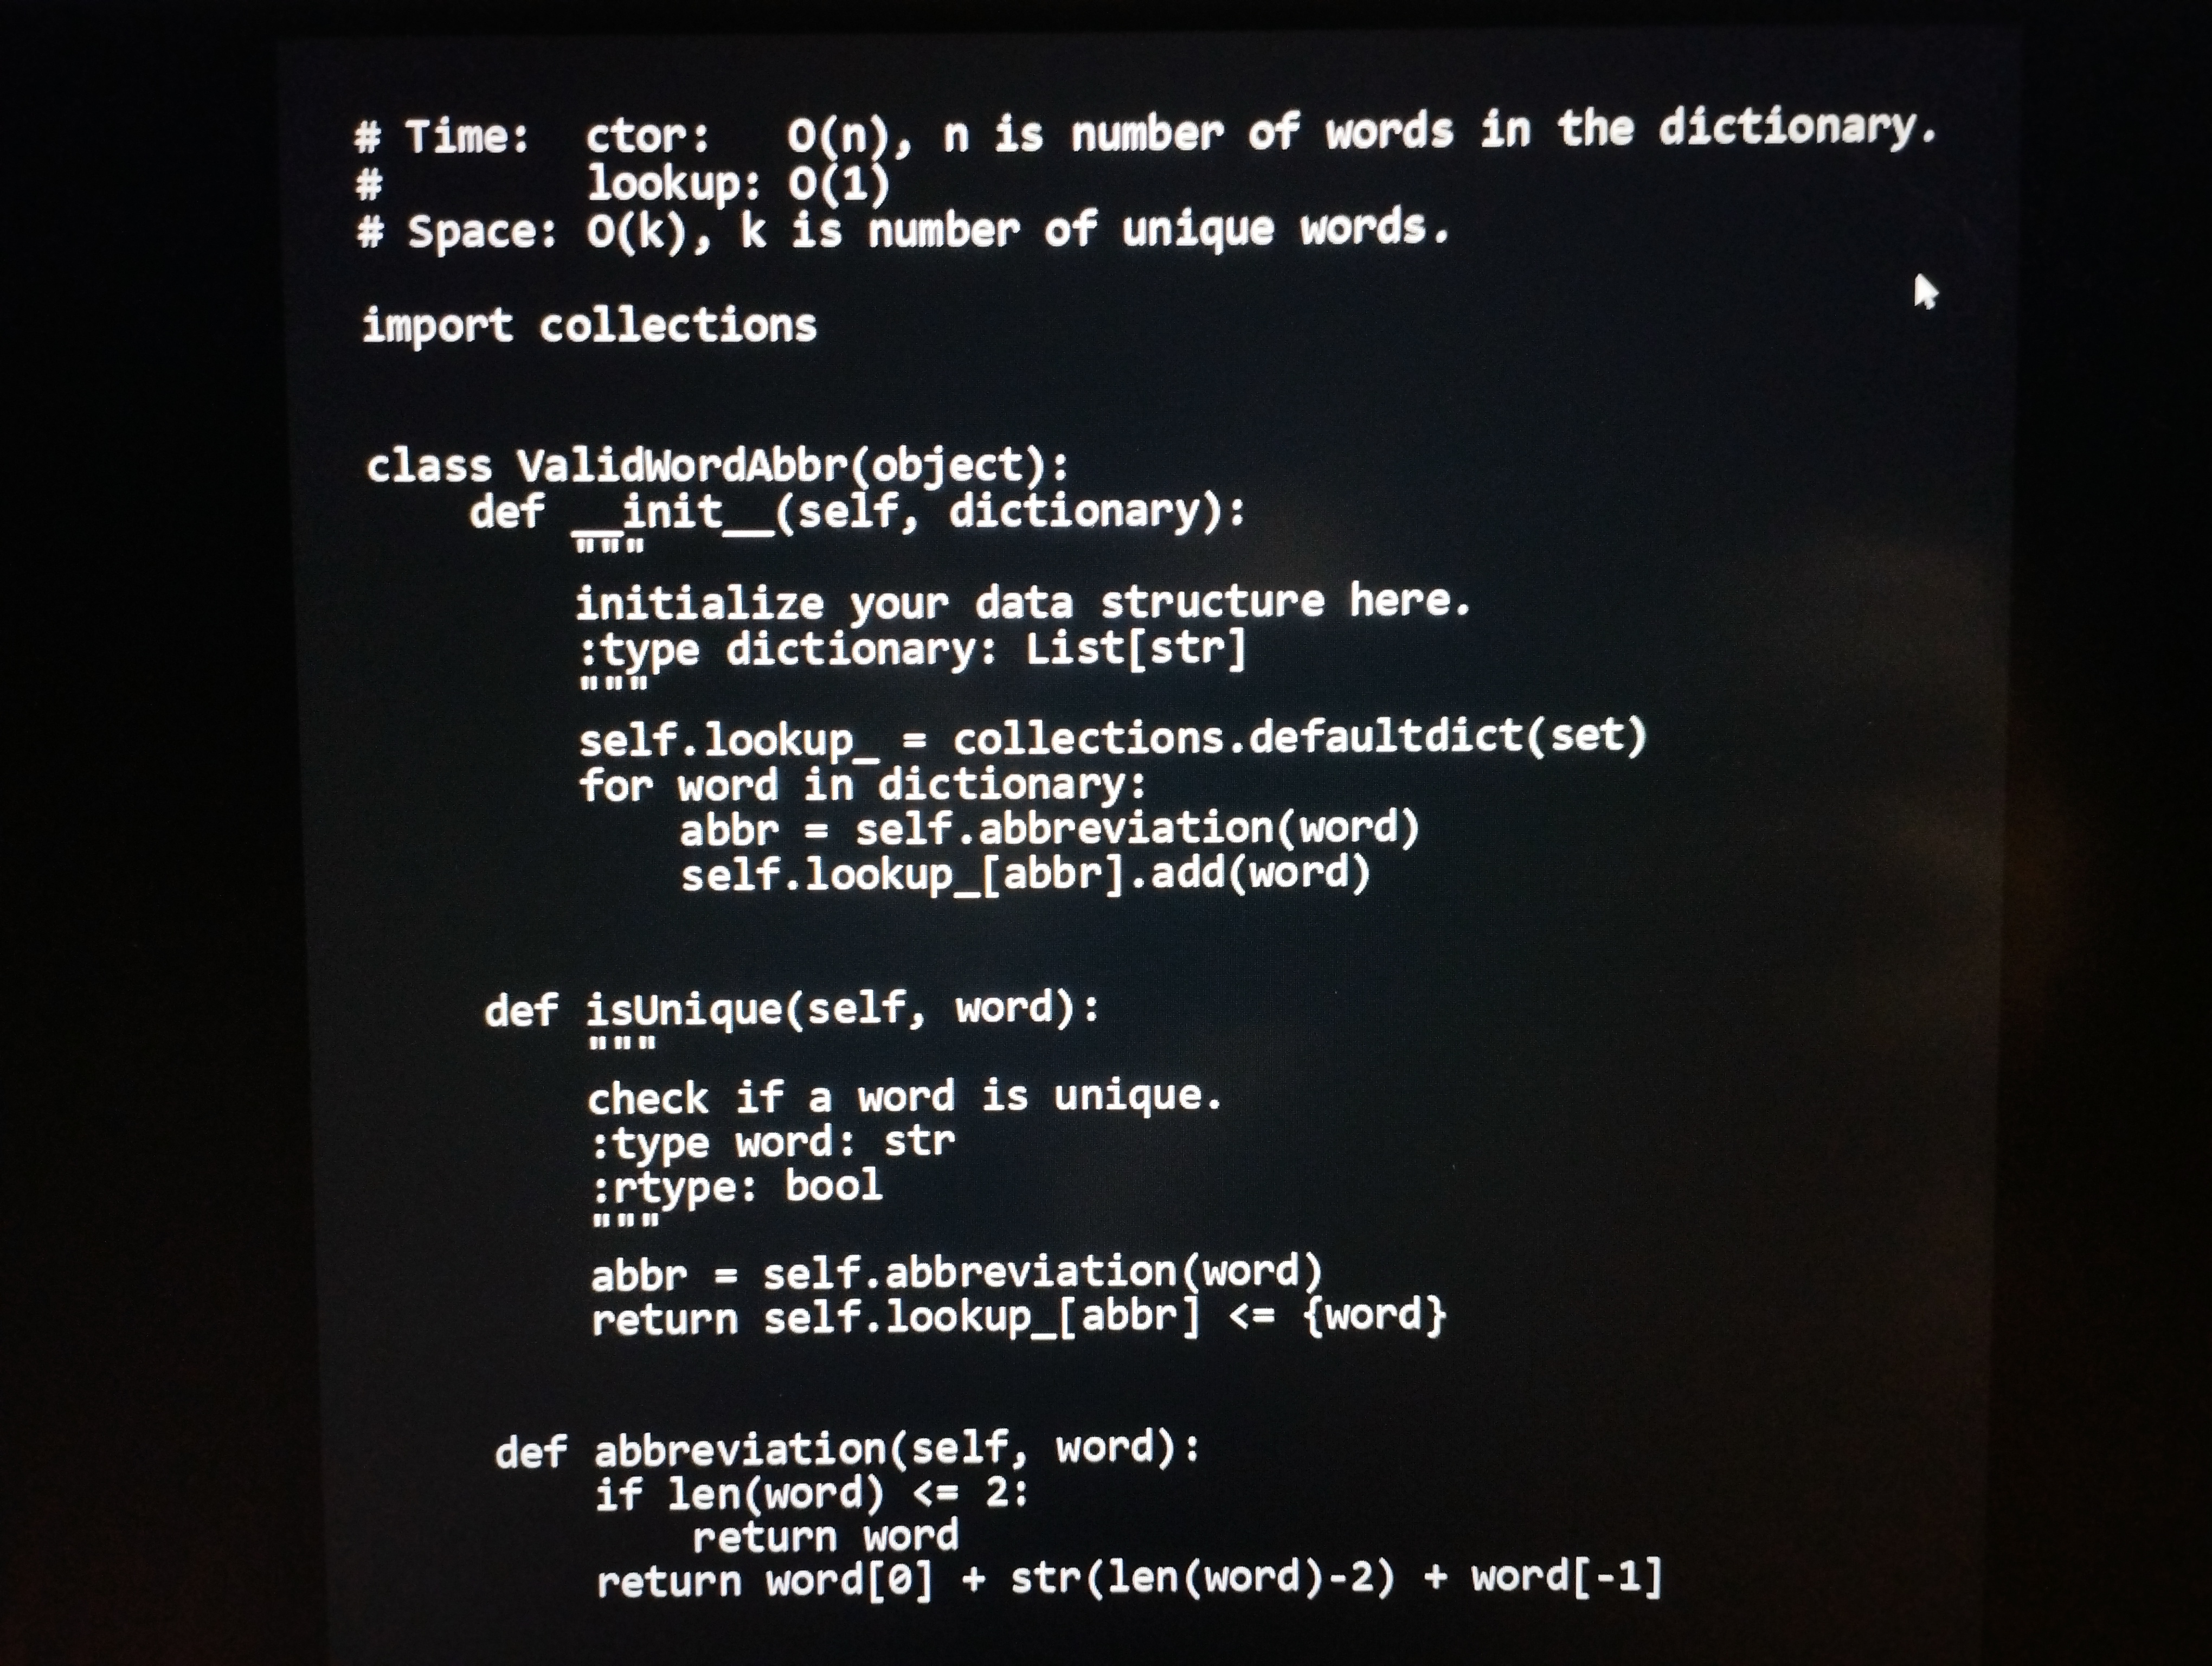
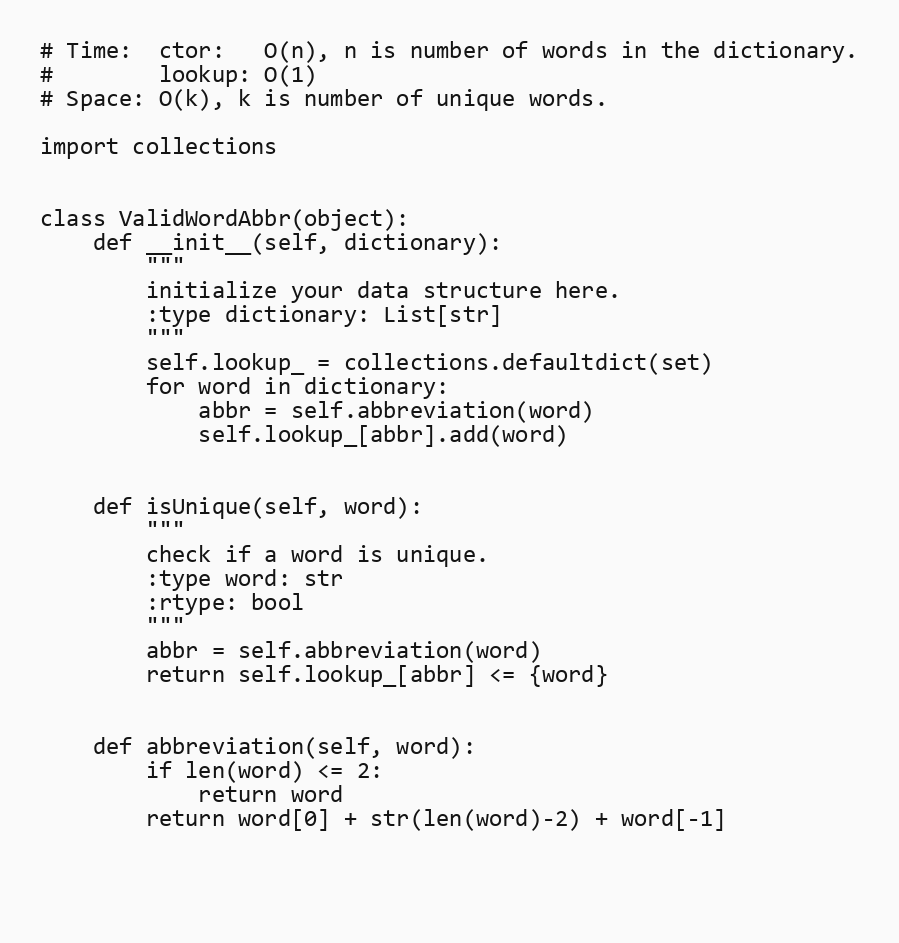
# Time:  ctor:   O(n), n is number of words in the dictionary.
#        lookup: O(1)
# Space: O(k), k is number of unique words.

import collections

class ValidWordAbbr(object):
    def __init__(self, dictionary):
        """
        initialize your data structure here.
        :type dictionary: List[str]
        """
        self.lookup_ = collections.defaultdict(set)
        for word in dictionary:
            abbr = self.abbreviation(word)
            self.lookup_[abbr].add(word)

    def isUnique(self, word):
        """
        check if a word is unique.
        :type word: str
        :rtype: bool
        """
        abbr = self.abbreviation(word)
        return self.lookup_[abbr] <= {word}

    def abbreviation(self, word):
        if len(word) <= 2:
            return word
        return word[0] + str(len(word)-2) + word[-1]